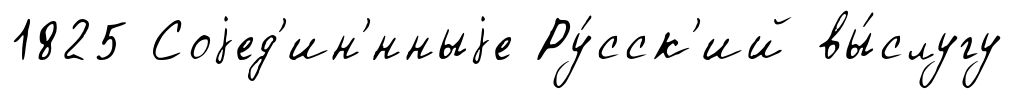
1825 Соjед'ин'́нныjе Ру́сск'ий вы́слугу